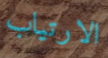
الارتياب